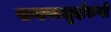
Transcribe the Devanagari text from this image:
खण्डपरशुर्दारुणो